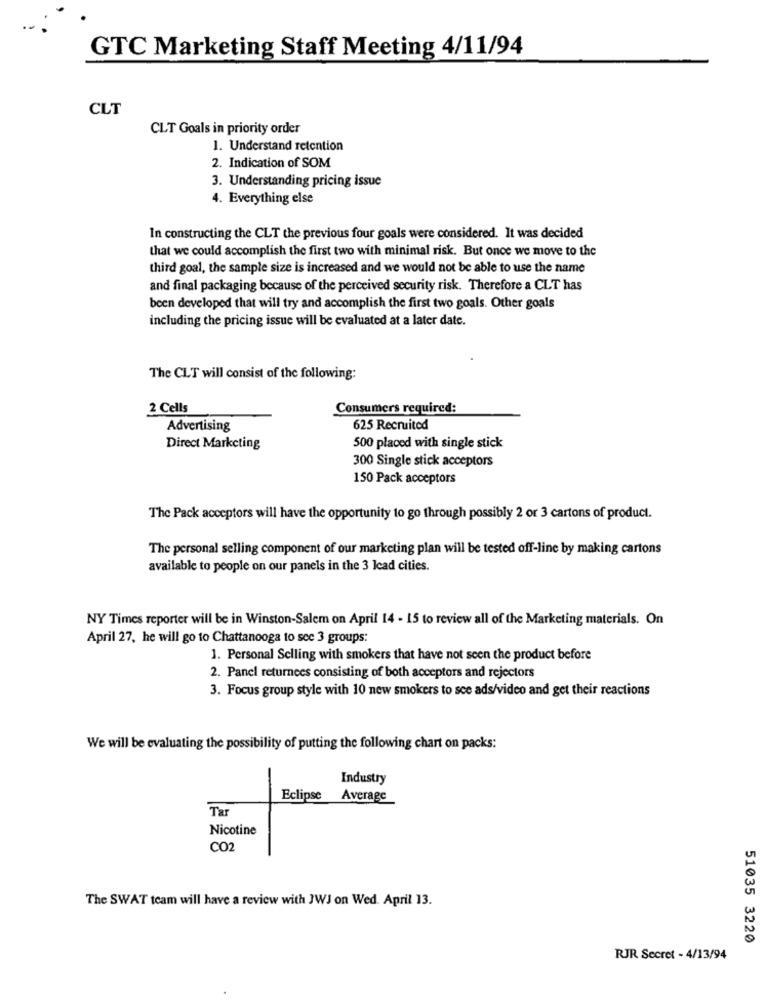
GTC Marketing Staff Meeting 4/11/94
CLT
CLT Goals in priority order
1. Understand retention
2. Indication of SOM
3. Understanding pricing issue
4. Everything else
In constructing the CLT the previous four goals were considered. It was decided
that we could accomplish the first two with minimal risk. But once we move to the
third goal, the sample size is increased and we would not be able to use the name
and final packaging because of the perceived security risk. Therefore a CLT has
been developed that will try and accomplish the first two goals. Other goals
including the pricing issue will be evaluated at a later date.
The CLT will consist of the following:
2 Cells
Consumers required:
Advertising
625 Recruited
Direct Marketing
500 placed with single stick
300 Single stick acceptors
150 Pack acceptors
The Pack acceptors will have the opportunity to go through possibly 2 or 3 cartons of product.
The personal selling component of our marketing plan will be tested off-line by making cartons
available to people on our panels in the 3 Icad cities.
NY Times reporter will be in Winston-Salem on April 14 - 15 to review all of the Marketing materials. On
April 27, he will go to Chattanooga to sce 3 groups:
1. Personal Selling with smokers that have not seen the product before
2. Panel returnees consisting of both acceptors and rejectors
3. Focus group style with 10 new smokers to see ads/video and get their reactions
We will be evaluating the possibility of putting the following chart on packs:
-
Industry
Eclipse Average
Tar
Nicotine
CO2
The SWAT team will have a review with JWJ on Wed. April 13.
51035 3220
RJR Secret - 4/13/94